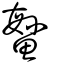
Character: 鰵